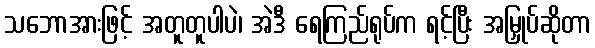
သဘောအားဖြင့် အတူတူပါပဲ၊ အဲဒီ ရေကြည်ရုပ်က ရင့်ပြီး အမြှုပ်ဆိုတာ